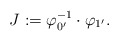
\begin{align*}J:=\varphi_{0^{\prime}}^{-1}\cdot\varphi_{1^{\prime}}.\end{align*}